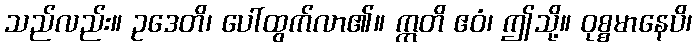
သည်လည်း။ ဥဒေတိ၊ ပေါ်ထွက်လာ၏။ ဣတိ ဧဝံ၊ ဤသို့။ ဝုစ္စမာနေပိ၊